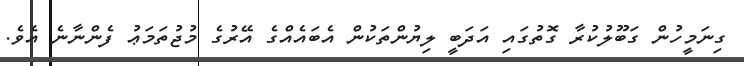
ގިނަމީހުން ގަބޫލުކުރާ ގޮތުގައި އަދަބީ ލިޔުންތަކުން އެބައެއްގެ އޭރުގެ މުޖުތަމަޢު ފެންނާނެ އެވެ.